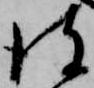
彼